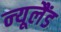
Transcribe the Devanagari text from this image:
न्‍यूलैंड